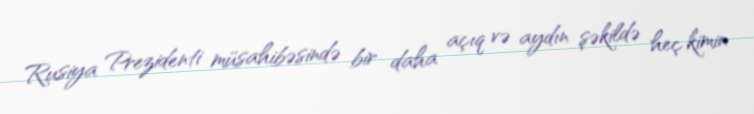
Rusiya Prezidenti müsahibəsində bir daha açıq və aydın şəkildə heç kimin